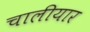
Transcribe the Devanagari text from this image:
चालीयार